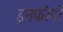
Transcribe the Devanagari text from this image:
इनफोर्मा